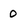
Character: 0